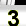
Digit: 3